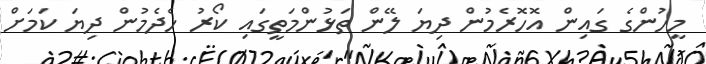
މީހުންގެ ގައިން އޮހޮރެމުން ދިޔަ ލޭން ތަޅުންމަތީގައި ކޯރު ހެދެމުން ދިޔަ ކަމަށް